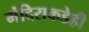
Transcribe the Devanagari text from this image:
मंदिराकडेही